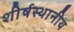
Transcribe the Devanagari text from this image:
शीर्षस्थानीय